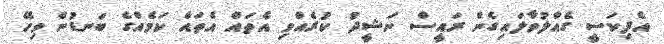
އެފިކަސީ ގެއްލުވާލައިގެން ރައީސް ނަޝީދު ކުރެއްވި އެތައް އެތައް ކަމެއްގެ ބަނޑުން ވިހޭ